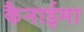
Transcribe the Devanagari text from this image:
कैनाईमा